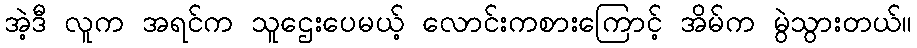
အဲ့ဒီ လူက အရင်က သူဌေးပေမယ့် လောင်းကစားကြောင့် အိမ်က မွဲသွားတယ်။